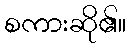
စကားဆို၏။